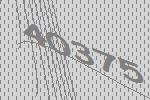
40375